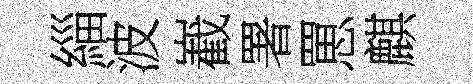
緇波嶻署罳麒